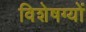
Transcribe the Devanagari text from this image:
विशेषग्यों